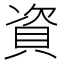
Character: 資